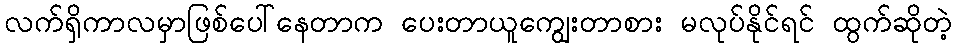
လက်ရှိကာလမှာဖြစ်ပေါ်နေတာက ပေးတာယူကျွေးတာစား မလုပ်နိုင်ရင် ထွက်ဆိုတဲ့